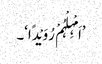
’اَمْہِلْہُمْ رُوَیْدًا‘۔